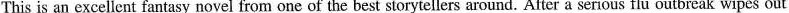
This is an excellent fantasy novel from one of the best storytellers around. After a serious flu outbreak wipes out